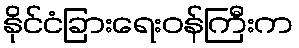
နိုင်ငံခြားရေးဝန်ကြီးက